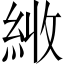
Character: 𦀏